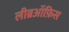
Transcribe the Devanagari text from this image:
लीब्रऑफ़िस